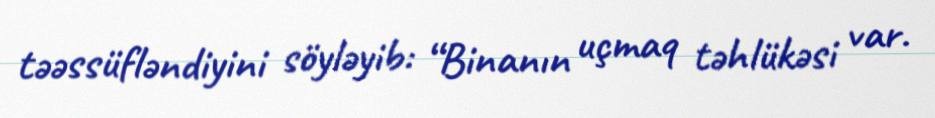
təəssüfləndiyini söyləyib: “Binanın uçmaq təhlükəsi var.